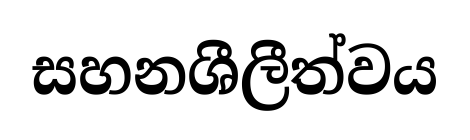
සහනශීලීත්වය